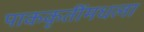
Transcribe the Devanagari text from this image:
पाककृतींमधला